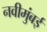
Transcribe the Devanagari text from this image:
नवीमुंबई